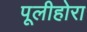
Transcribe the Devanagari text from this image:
पूलीहोरा